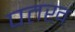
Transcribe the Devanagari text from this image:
पतख